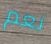
نعم